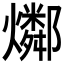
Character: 𤑲